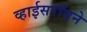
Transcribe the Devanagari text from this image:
व्हाईसरॉयने